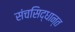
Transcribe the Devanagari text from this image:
संचसिद्धान्त